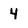
Character: 4